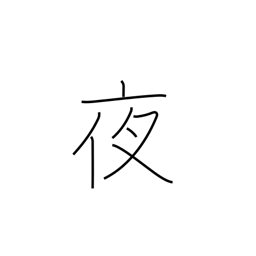
Meaning: night